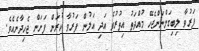
ފަރުވާ ލިބިގަންނަންޖެހޭ މުއްދަތު އިތުރުވެ އަދި އަލުން ފަރުވާ ކުރަން ފަށަން ޖެހިދާނެއެވެ.